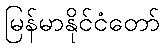
မြန်မာနိုင်ငံတော်